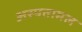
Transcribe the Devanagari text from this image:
अस्पतामल